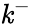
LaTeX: \mathit{k}^{-}